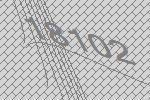
18102